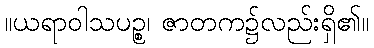
။ယရာဝါသပဉ္စ၊ ဇာတက၌လည်းရှိ၏။